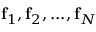
\mathbf { f } _ { 1 } , \mathbf { f } _ { 2 } , . . . , \mathbf { f } _ { N }